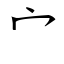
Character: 宀